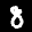
Label: 8